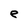
Character: e